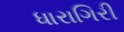
ધારાગિરી